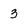
Character: 3